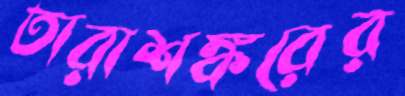
তারাশঙ্করের